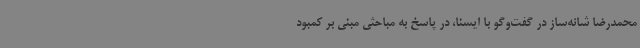
محمدرضا شانه‌ساز در گفت‌وگو با ایسنا، در پاسخ به مباحثی مبنی بر کمبود